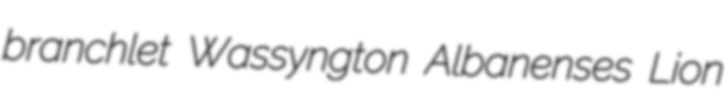
branchlet Wassyngton Albanenses Lion